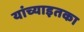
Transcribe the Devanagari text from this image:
यांच्याइतका